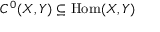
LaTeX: C ^ { 0 } ( X , Y ) \subseteq { \mathrm { H o m } } ( X , Y )